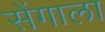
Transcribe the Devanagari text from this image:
सेंगाला